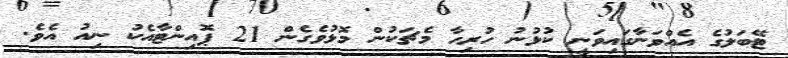
ޓޭބަލުގެ އެއްވަނާގައިވަނީ ކުޅުނު ހުރިހާ މެޗަކުން މޮޅުވެގެން 21 ޕޮއިންޓާއެކު ނިއު އެވެ.